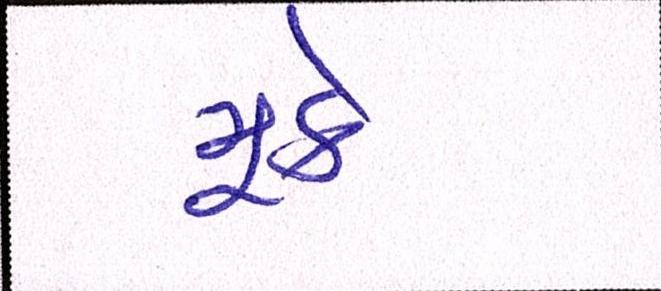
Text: મૂકે